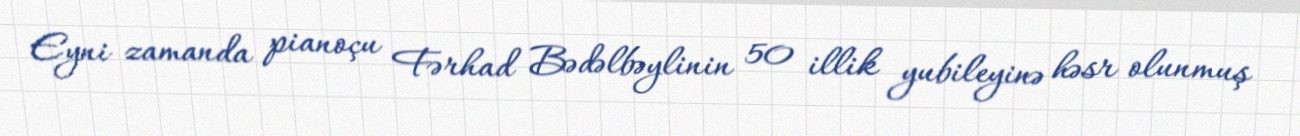
Eyni zamanda pianoçu Fərhad Bədəlbəylinin 50 illik yubileyinə həsr olunmuş